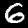
Label: 6